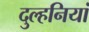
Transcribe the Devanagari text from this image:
दुल्हनियां